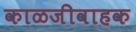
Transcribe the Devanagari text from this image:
काळजीवाहक